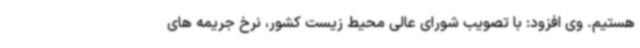
هستیم. وی افزود: با تصویب شورای عالی محیط زیست‌ کشور، نرخ جریمه های